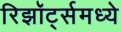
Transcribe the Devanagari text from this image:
रिझॉर्ट्‍समध्ये